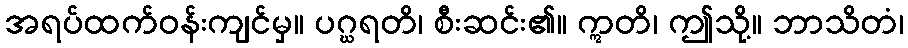
အရပ်ထက်ဝန်းကျင်မှ။ ပဂ္ဃရတိ၊ စီးဆင်း၏။ ဣတိ၊ ဤသို့။ ဘာသိတံ၊